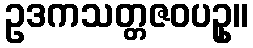
ဥဒကသတ္တဇဝပဥှ။